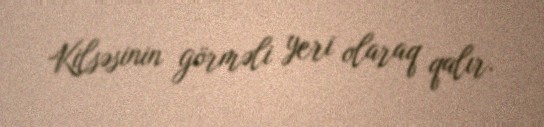
Kilsəsinin görməli yeri olaraq qalır.